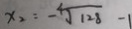
x _ { 2 } = - \sqrt [ 4 ] { 1 2 8 } - 1